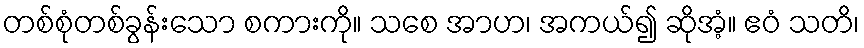
တစ်စုံတစ်ခွန်းသော စကားကို။ သစေ အာဟ၊ အကယ်၍ ဆိုအံ့။ ဧဝံ သတိ၊